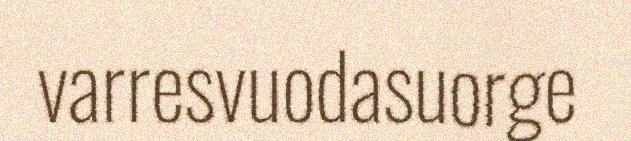
varresvuodasuorge